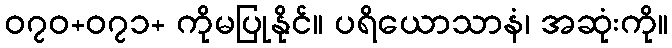
၀၇၀+၀၇၁+ ကိုမပြုနိုင်။ ပရိယောသာနံ၊ အဆုံးကို။